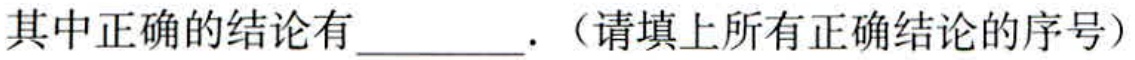
其中正确的结论有\underline{\qquad} .（请填上所有正确结论的序号）